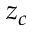
z _ { c }